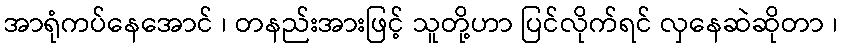
အာရုံကပ်နေအောင် ၊ တနည်းအားဖြင့် သူတို့ဟာ ပြင်လိုက်ရင် လှနေဆဲဆိုတာ ၊